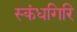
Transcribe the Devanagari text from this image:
स्‍कंधगिरि